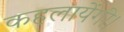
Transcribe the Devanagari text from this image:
कहलायेंगी।